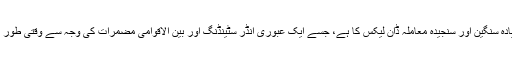
پنامہ لیکس سے زیادہ سنگین اور سنجیدہ معاملہ ڈان لیکس کا ہے، جسے ایک عبوری انڈر سٹینڈنگ اور بین الاقوامی مضمرات کی وجہ سے وقتی طور پر لپیٹ دیا گیا ہے۔